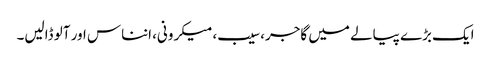
ایک بڑے پیالے میں گاجر، سیب، میکرونی، انناس اور آلو ڈالیں۔